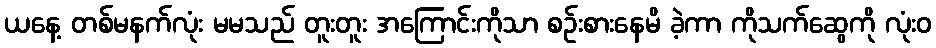
ယနေ့ တစ်မနက်လုံး မမသည် တူးတူး အကြောင်းကိုသာ စဉ်းစားနေမိ ခဲ့ကာ ကိုသက်ဆွေကို လုံးဝ